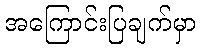
အကြောင်းပြချက်မှာ